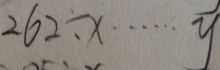
2 6 2 \div x \cdots y